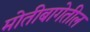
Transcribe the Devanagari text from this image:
मोतीबागेतील